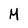
Character: M